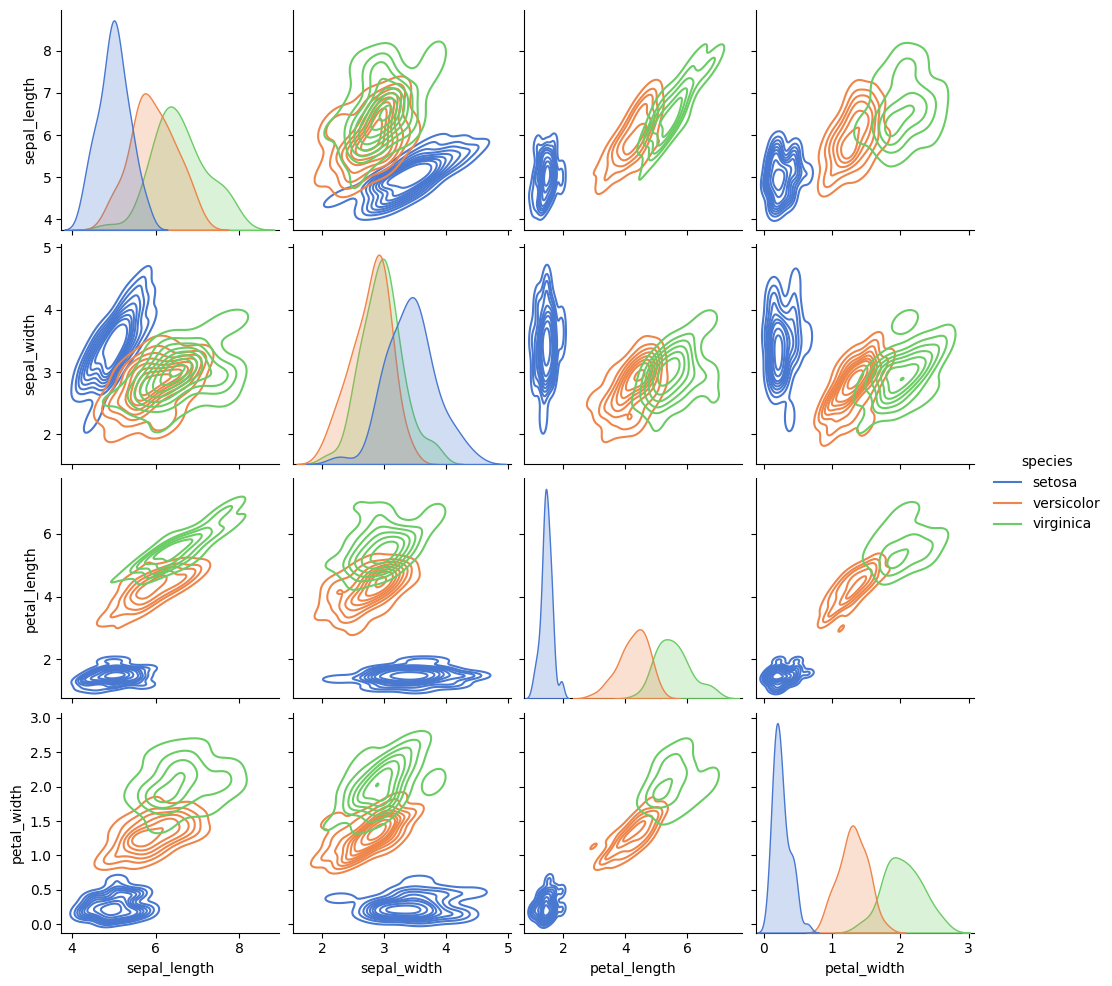
python, seaborn, pairplot, palette='muted', markers=['o', 's', 'D'], kind='kde', diag_kind='auto'